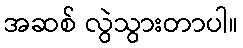
အဆစ် လွဲသွားတာပါ။